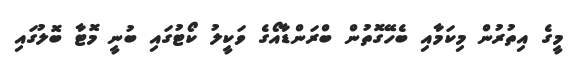
މީގެ އިތުރުން މިކަމާއި ބެހޭގޮތުން ބްރަންޑާއޯގެ ވަކީލު ކޯޓުގައި ބުނީ މޮޓާ ބޮލުގައި